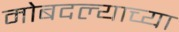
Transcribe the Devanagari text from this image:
मोबदल्याच्या